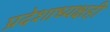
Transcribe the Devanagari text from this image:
प्रदेशाध्यक्षही